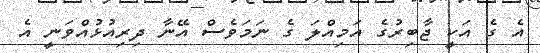
އެ ގެ އަކީ ޖާބިރުގެ އަމިއްލަ ގެ ނަމަވެސް އޭނާ ދިރިއުޅުއްވަނީ އެ